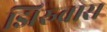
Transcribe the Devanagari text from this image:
झिरुवास